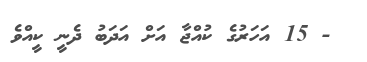
- 15 އަހަރުގެ ކުއްޖާ އަށް އަދަބު ދެނީ ކީއްވެ